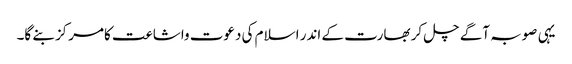
یہی صوبہ آگے چل کر بھارت کے اندر اسلام کی دعوت واشاعت کامرکز بنے گا۔